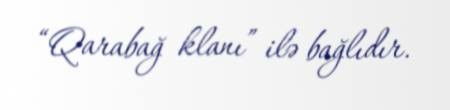
“Qarabağ klanı” ilə bağlıdır.